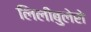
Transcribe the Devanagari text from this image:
लिलीबुलेरो